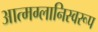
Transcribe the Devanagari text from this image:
आत्मग्लानिस्वरूप